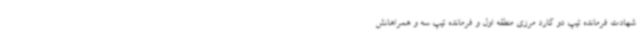
شهادت فرمانده تیپ دو گارد مرزی منطقه اول و فرمانده تیپ سه و همراهانش